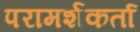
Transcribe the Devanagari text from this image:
परामर्शकर्ता